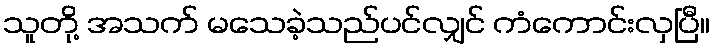
သူတို့ အသက် မသေခဲ့သည်ပင်လျှင် ကံကောင်းလှပြီ။